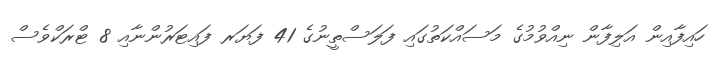
ހައިފާއިން އަލިފާން ނިއްވުމުގެ މަސައްކަތުގައި ފަލަސްތީނުގެ 41 ފަޔަރ ފައިޓަރުންނާއި 8 ޓްރަކްވެސް